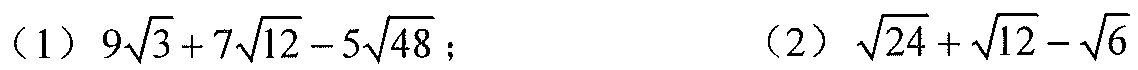
(1) \(9\sqrt{3}+7\sqrt{12}-5\sqrt{48}\)；(2) \(\sqrt{24}+\sqrt{12}-\sqrt{6}\)